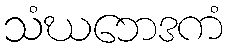
သံဃဘေဒကံ